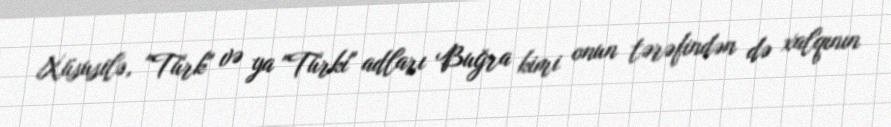
Xüsusilə, "Türk" və ya "Türki" adları Buğra kimi onun tərəfindən də xalqının